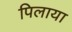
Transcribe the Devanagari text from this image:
पिलाया